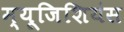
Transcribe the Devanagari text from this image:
म्यूजिशियंस